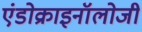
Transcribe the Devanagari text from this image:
एंडोक्राइनॉलोजी